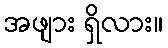
အဖျား ရှိလား။